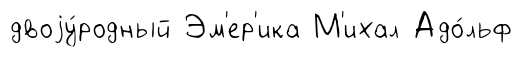
двоjу́родный Эм'ер'ика М'ихал Адо́льф